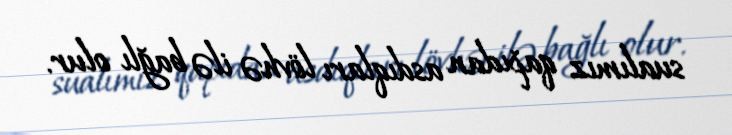
sualımız qapıdan asdıqları lövhə ilə bağlı olur.